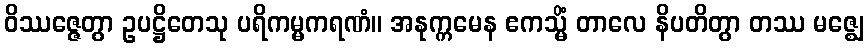
ဝိဿဇ္ဇေတွာ ဥပဋ္ဌိတေသု ပရိကမ္မကရဏံ။ အနုက္ကမေန ဧကသ္မိံ တာလေ နိပတိတွာ တဿ မဇ္ဈေ